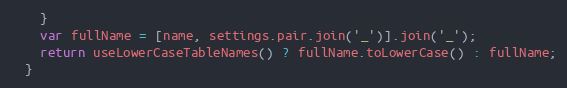
Language: JavaScript
    }
    var fullName = [name, settings.pair.join('_')].join('_');
    return useLowerCaseTableNames() ? fullName.toLowerCase() : fullName;
  }